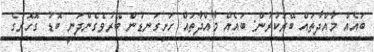
ބައެއް މާއްދާތައް ބޭރުކުރުން: ބައެއް މާއްދާތައް ހަށިގަނޑުން ބޭރުވެގެންދަނީ ބޮޑު ގޮހޮރުގެ